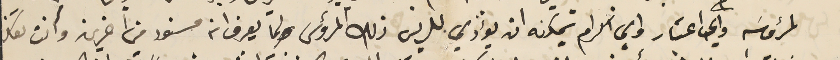
لمرؤسَه واي اعتبار واي اكرام يمكنه ان يؤدي للريس ذلك المرؤس ولما يعرف انه مسنود من اخرين وانت تفكر